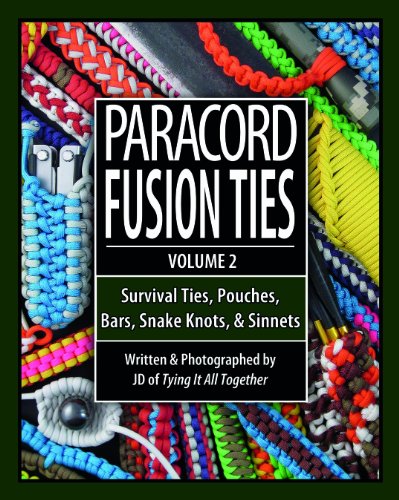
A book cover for Paracord Fusion Ties - Volume 2: Survival Ties, Pouches, Bars, Snake Knots, and Sinnets; J.D. Lenzen; Crafts, Hobbies & Home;